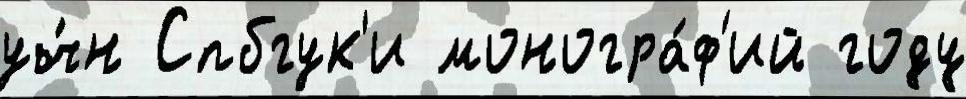
уч́н Спбгук'и моногра́ф'ий году